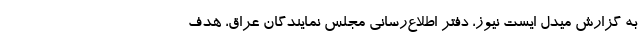
به گزارش میدل ایست نیوز، دفتر اطلاع‌رسانی مجلس نمایندگان عراق، هدف